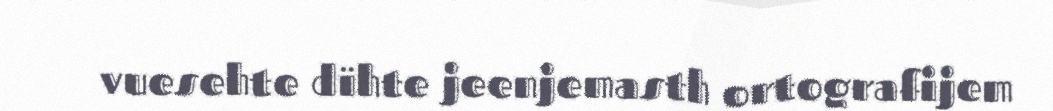
vuesehte dïhte jeenjemasth ortografijem